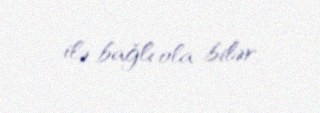
ilə bağlı ola bilər.